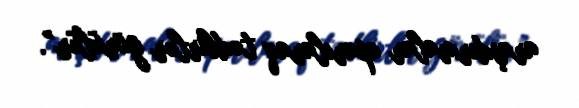
araşdırmalar aparılaraq tədbirlər görülür”.